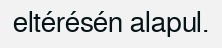
eltérésén alapul.